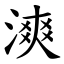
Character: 漺